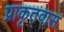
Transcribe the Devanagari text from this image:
प्राकृतवास